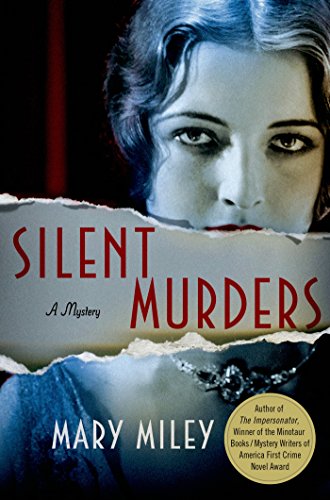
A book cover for Silent Murders: A Mystery (A Roaring Twenties Mystery); Mary Miley; Mystery, Thriller & Suspense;